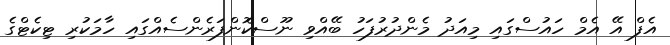
އެފް އޭ އެމް ހައުސްގައި މިއަދު މެންދުރުފަހު ބޭއްވި ނޫސްކޮންފަރެންސެއްގައި ހާމަކުރި ޓިކެޓްގެ